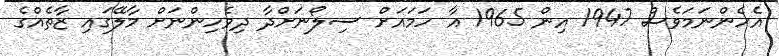
އެހެންނަމަވެސް 1947 އިން 1965 އާ ހަމައަށް ސިލޯނަށްދާ ދިވެހިންނަށް މާލޭގައި ޒާތެއްގެ